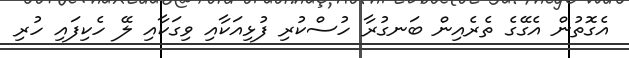
އެގޮތުން އެގޭގެ ތެރެއިން ބަނގުރާ ހުސްކުރި ފުޅިއަކާއި ވިގަކާއި ލޭ ހެކިފައި ހުރި